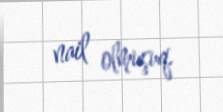
nail olmuşuq.